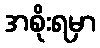
အစိုးရမှာ